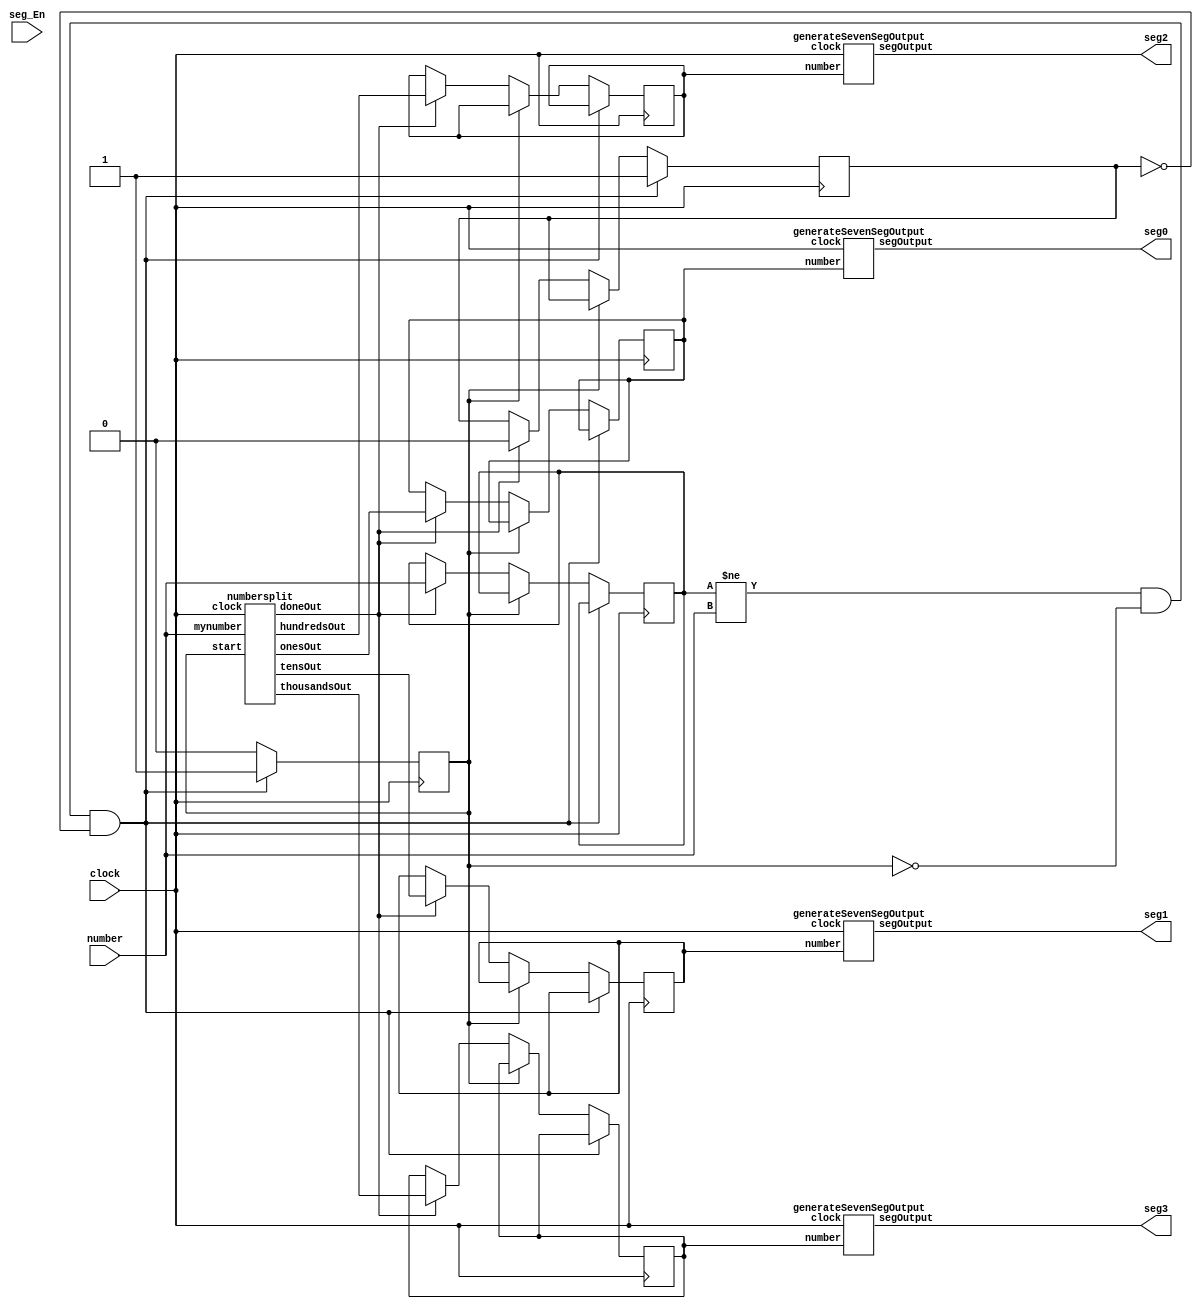
module sevenseg(
input clock, //50MHz Clock
input [3:0] seg_En, //7 Seg Enables
input [13:0] number, //Number of 4 digits
output [6:0] seg0, //Seven Segment Display 0 output
output [6:0] seg1, //Seven Segment Display 1 output
output [6:0] seg2, //Seven Segment Display 2 output
output [6:0] seg3 //Seven Segment Display 3 output
);
//Wires
wire done;
wire [3:0] ones; //Wires value in ones
wire [3:0] tens; //Wires value in tens
wire [3:0] hundreds; //Wires value in hundreds
wire [3:0] thousands; //Wire value in thousands
//Registers
reg start = 0; //if numbersplit starts
reg started = 0; //if numbersplit is currently ongoing
reg [13:0] prevNumber = 0; //previous number
reg numberCountto = 0; //number
reg [3:0] onescomplete; //ones register
reg [3:0] tenscomplete; //tens register
reg [3:0] hundredscomplete; //hundreds register
reg [3:0] thousandscomplete; //thousands register

//Number split module instantiation
numbersplit NS(
.clock (clock),
.mynumber (number),
.start (start),
.doneOut(done),
.onesOut (ones),
.tensOut (tens),
.hundredsOut (hundreds),
.thousandsOut (thousands)
);
//Seven Seg Display outputs
generateSevenSegOutput segoutput0(
.clock (clock),
.number (onescomplete),
.segOutput (seg0)
);

generateSevenSegOutput segoutput1(
.clock (clock),
.number (tenscomplete),
.segOutput (seg1)
);

generateSevenSegOutput segoutput2(
.clock (clock),
.number (hundredscomplete),
.segOutput (seg2)
);

generateSevenSegOutput segoutput3(
.clock (clock),
.number (thousandscomplete),
.segOutput (seg3)
);
//This always block keeps the number in the numbersplit module changing mid count.
always @(posedge clock) begin
	if(prevNumber != number && !start && !started) begin
		start <= 1;
		started <= 1;
	end else if(start) begin
		start <= 0;
	end else if(done) begin
		started <= 0;
		onescomplete <= ones;
		tenscomplete <= tens;
		hundredscomplete <= hundreds;
		thousandscomplete <= thousands;
		prevNumber <= number;
	end
end

endmodule


//Based on idea from https://stackoverflow.com/questions/22882882/split-up-a-four-digit-number-in-verilog
//This module splits numbers into ones, tens, hundreds, thousands by counting. This is less expensive than division.
module numbersplit(
	input clock, //50MHz Clock
	input [13:0] mynumber, //number to count to
	input        start, //start out
	output       doneOut, //complete out
	output [3:0] onesOut, //ones out
	output [3:0] tensOut, //tens out
	output [3:0] hundredsOut, //hundreds out
	output [3:0] thousandsOut //thousands out
);
	//registers
	reg   [13:0] counter = 0;
	reg   [3:0]  ones = 0;
	reg   [3:0]  tens = 0;
	reg   [3:0]  hundreds = 0;
	reg   [3:0]  thousands = 0;
	reg done = 0;
	//assigns
	assign doneOut = done;
	assign onesOut = ones;
	assign tensOut = tens;
	assign hundredsOut = hundreds;
	assign thousandsOut = thousands;
	
	always @(posedge clock) begin
		//if start then set all values to 0
		 if(start) begin
			  counter <= 0;
			  done <= 0;
			  ones <= 0;
			  tens <= 0;
			  hundreds <= 0;
			  thousands<= 0;
		//else then check if the counter is equal to number if so then set register done to signal completed
		 end else if(counter == mynumber) begin
			  done <= 1;
		//if not complete then count up to the number but keep a track of single digits
		 end else if (!done) begin
			  counter <= counter + 1;
			  ones <= ones == 9 ? 0 : ones + 1;
			  if(ones == 9) begin
					tens <= tens == 9 ? 0 : tens + 1;
					if(tens == 9) begin
						 hundreds <= hundreds == 9 ? 0 : hundreds + 1;
						 if(hundreds == 9) begin
								thousands <= thousands + 1; 
						 end
					end
			  end
		 end
	end
endmodule

module generateSevenSegOutput(
input clock,
input [3:0] number,
output [6:0] segOutput
);

reg [6:0] seg;

assign segOutput = seg;

always @(posedge clock) begin
	if(number == 0) begin
		seg <= ~(7'h3F);
	end else if(number == 1) begin
		seg <= ~(7'h06);
	end else if(number == 2) begin
		seg <= ~(7'h5B);
	end else if(number == 3) begin
		seg <= ~(7'h4F);
	end else if(number == 4) begin
		seg <= ~(7'h66);
	end else if(number == 5) begin
		seg <= ~(7'h6D);
	end else if(number == 6) begin
		seg <= ~(7'h7D);
	end else if(number == 7) begin
		seg <= ~(7'h07);
	end else if(number == 8) begin
		seg <= ~(7'h7F);
	end else if(number == 9) begin
		seg <= ~(7'h67);
	end
end

endmodule